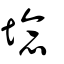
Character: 埝